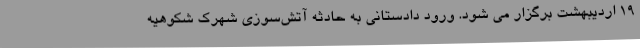
۱۹ اردیبهشت برگزار می شود. ورود دادستانی به حادثه آتش‌سوزی شهرک شکوهیه